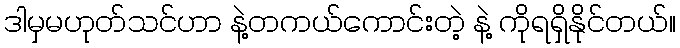
ဒါမှမဟုတ်သင်ဟာ နဲ့တကယ်ကောင်းတဲ့ နဲ့ ကိုရရှိနိုင်တယ်။